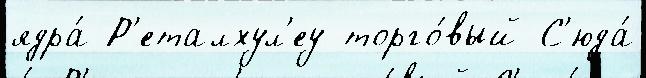
ядра́ Р'еталхул'еу торго́вый С'юда́